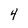
Character: 4